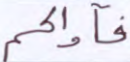
فآواكم